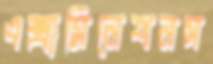
এক্সামিনেশনস